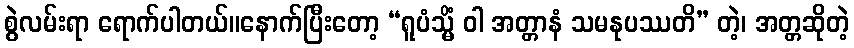
စွဲလမ်းရာ ရောက်ပါတယ်။နောက်ပြီးတော့ “ရူပံသ္မိံ ဝါ အတ္တာနံ သမနုပဿတိ” တဲ့၊ အတ္တဆိုတဲ့